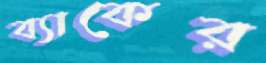
ব্যাকের